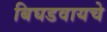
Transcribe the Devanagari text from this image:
बिघडवायचे